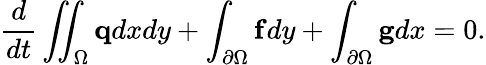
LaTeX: \frac{d}{dt}\iint_{\Omega}\mathbf{q}dxdy+\int_{\partial\Omega}\mathbf{f}dy+\int_{\partial\Omega}\mathbf{g}dx=0.